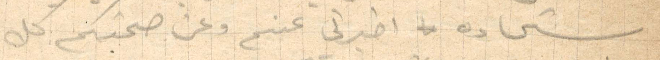
شحاده اخبرني عنكم وعن صحتكم كل